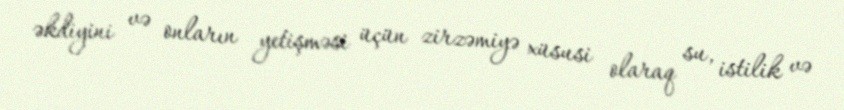
əkdiyini və onların yetişməsi üçün zirzəmiyə xüsusi olaraq su, istilik və